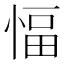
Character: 愊